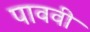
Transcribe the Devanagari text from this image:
पाववी